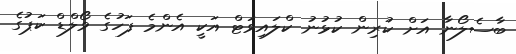
ބާސެލޯނާ އަށް ކުރިން ކުޅުނު ކްލައިވަޓް އަކީ އެންމެ ފަހުގެ ވޯލްޑް ކަޕުގެ